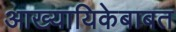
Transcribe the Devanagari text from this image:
आख्यायिकेबाबत